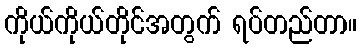
ကိုယ်ကိုယ်တိုင်အတွက် ရပ်တည်တာ။